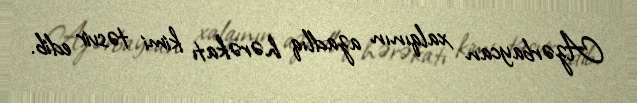
Azərbaycan xalqının azadlıq hərəkatı kimi təsvir edib.